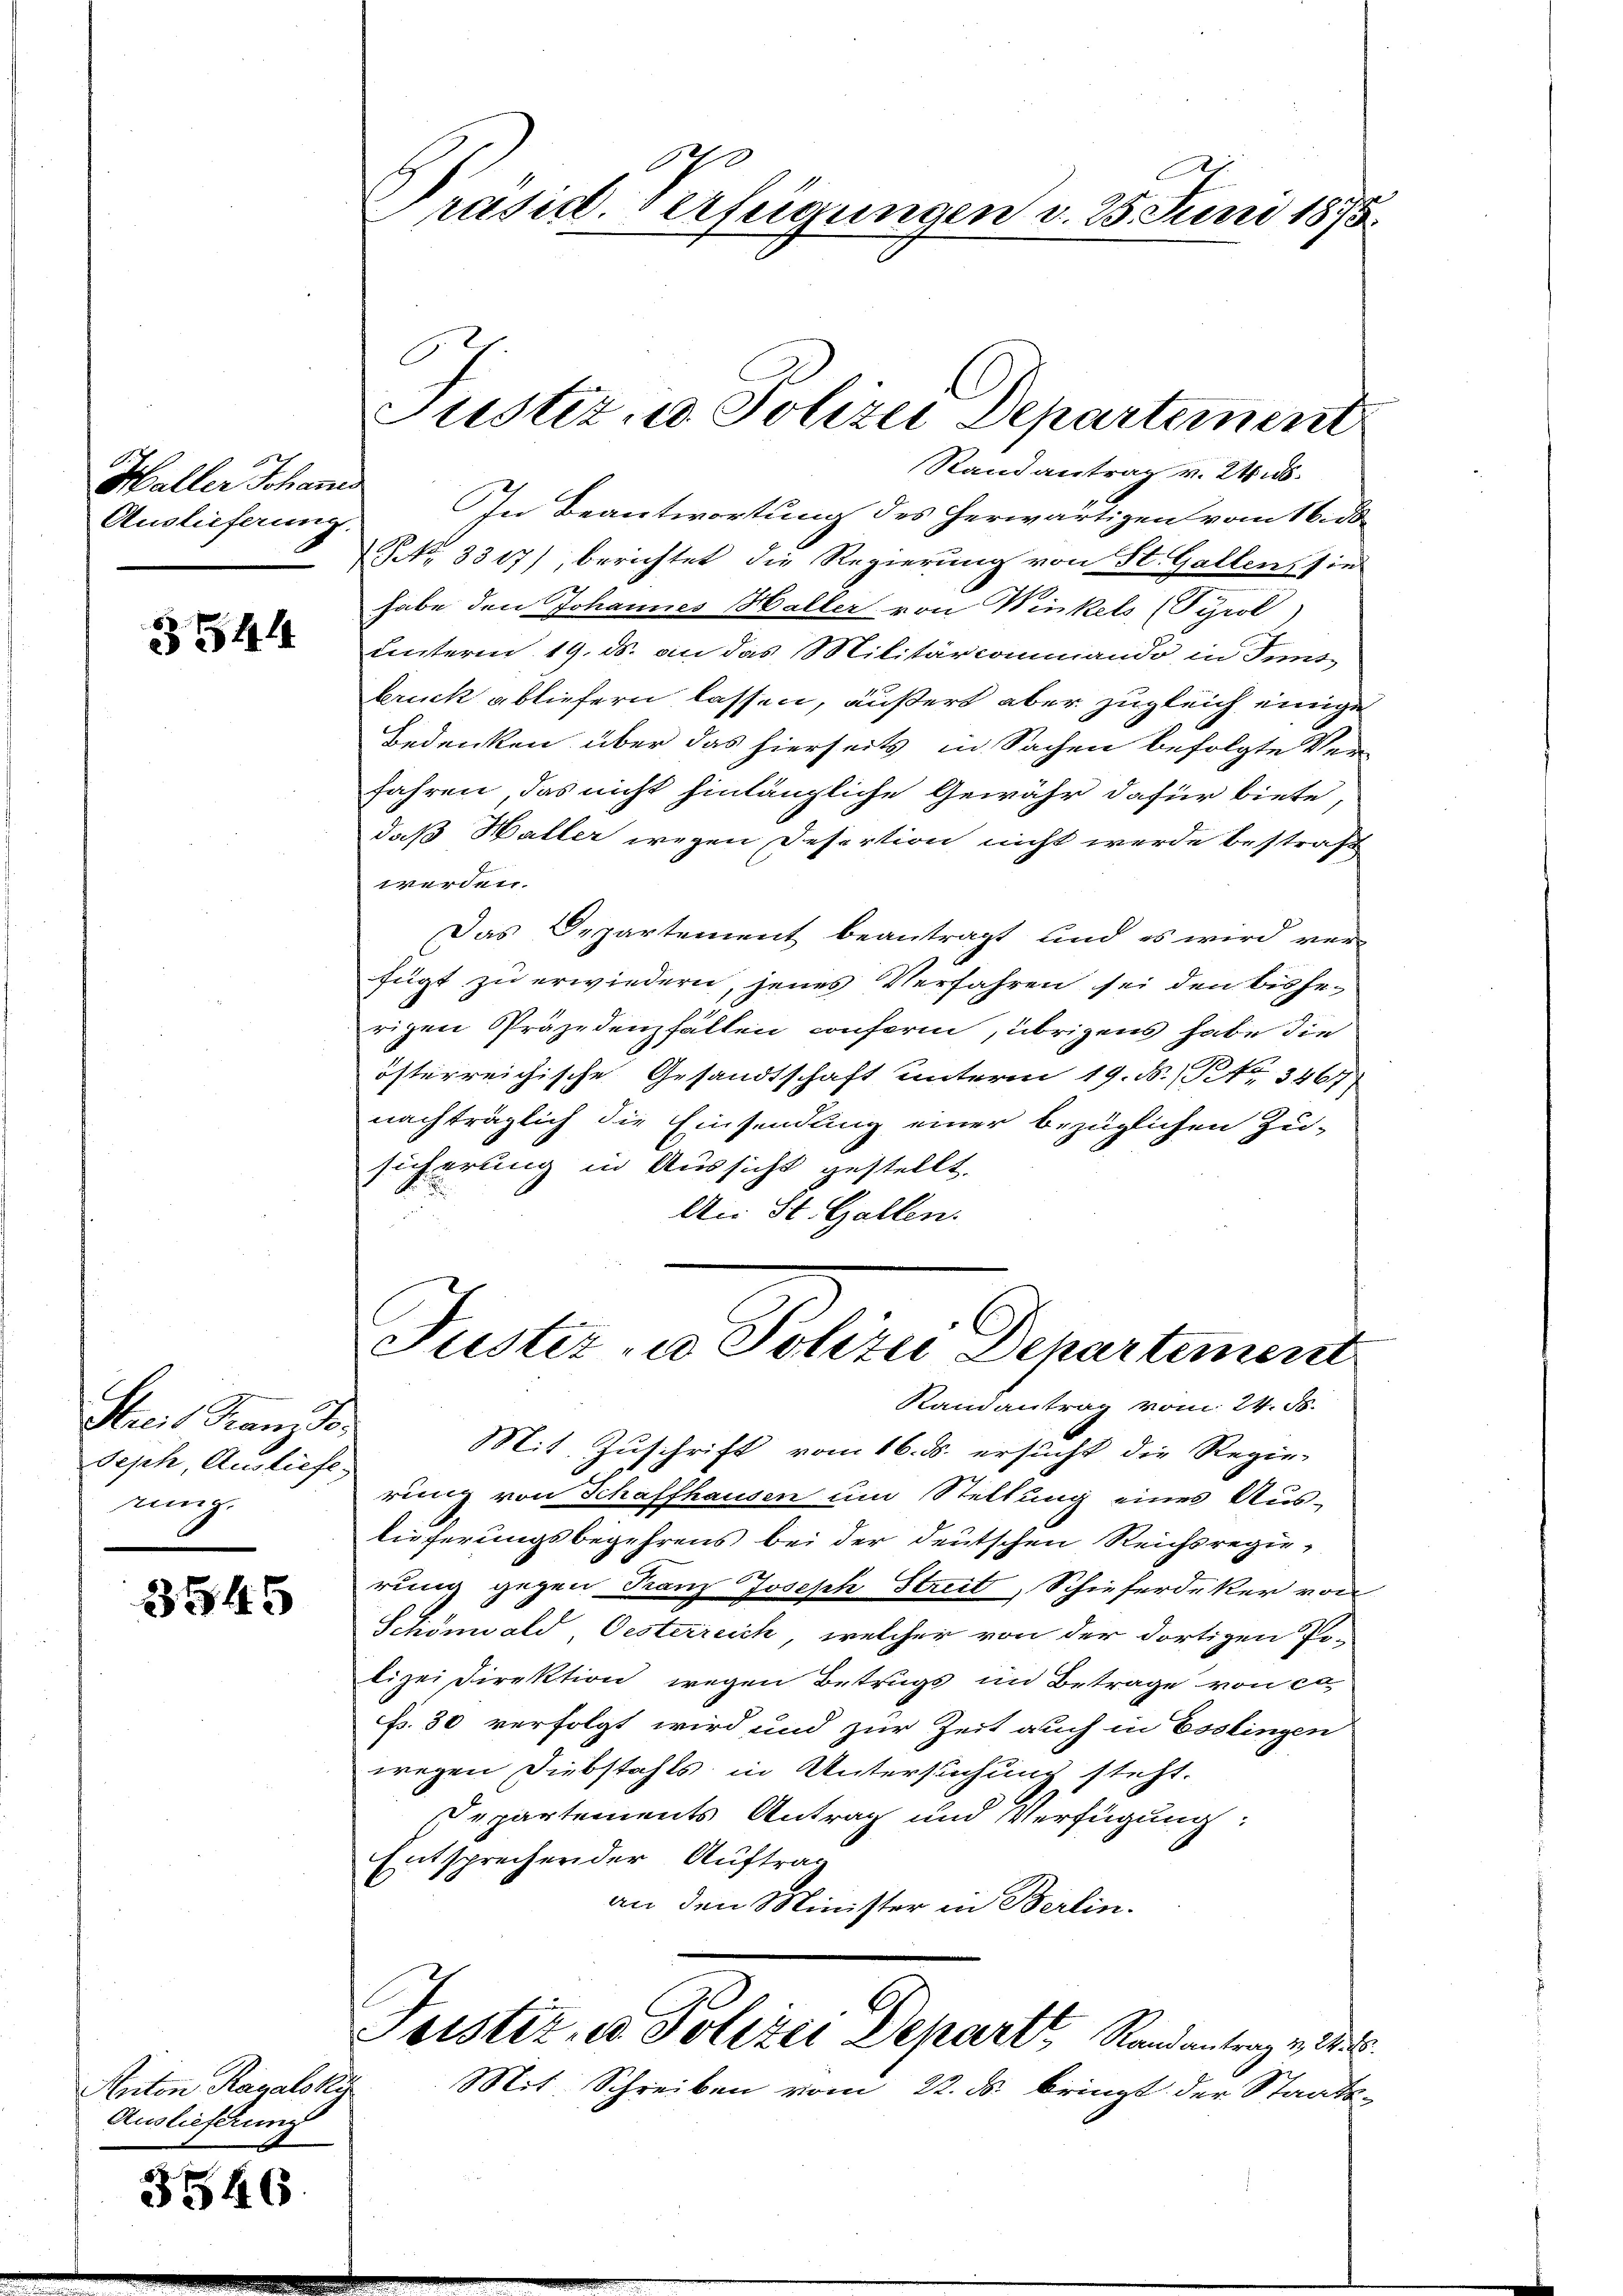
Haller Schanis
Auslieferung

3544

Streis Franzso.
Seph, Ausliefe.
uunge

3545

Anton Ragalsky
Auslieferung

3546.

Stand antrag v. 24 s.
In Beantwortung des herwärtigen vom 16. ds.
Nr. 3317), berichtet die Regierung von St. Gallen sie
habe den Johannes Haller von Winkels (Tyrol)
unterm 19. ds. an das Militärconimiando in Inns-
bruck abliefern lassen, äußert aber zugleich einige
Bedenken über das hierseits in Sachen befolgte Verfahren das nicht hinlängliche Gewähr dafür biete,
daß Waller wegen Desertion nicht werde bestraß
werden.
Das Departement beantragt und es wird ver-
fügt zu erwiedern, jenes Verfahren sei den bisherigen Präjedenzfällen conferm, übrigens habe die
österreichische Gesandtschaft unterm 19. N. N. 3467
nachträglich die Einsendung einer bezüglichen Zu-
sicherung in Aussicht gestellt.
An St. Gallen.

Präsid. Verfügungen d. 25. Juni 1875.

.
Justiz und Polizei Departement

Tuster, u. Polizei Departement
Randantrag vom 24. 58.

Mit Zuschrift vom 16. ds. ersucht die Regie-
rung von Schaffhausen um Stellung eines Aus-
lieferungsbegehrens bei der deutschen Reichsregierung gegen Franz Joseph Streit, Schieferdeker von
Schönwald Oesterreich, welcher von der dortigen Po-
lizei Direktion wegen Betrugs im Betrage von co
f. 30 verfolgt wird und zur Zeit auch in Esslingen
wegen Diebstahls in Untersuchung steht.
Departements Antrag und Verfügung:
Entsprechen der Auftrag
an den Minister in Berlin.
Justiz, u. Polizei Depart, Randantrag v. 24.
Mit Schreiben vom 22. ds. bringt der Staats-